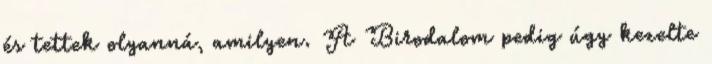
és tettek olyanná, amilyen. A Birodalom pedig úgy kezelte